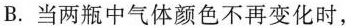
B.当两瓶中气体颜色不再变化时，